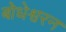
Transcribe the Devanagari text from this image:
बोधेश्वरन